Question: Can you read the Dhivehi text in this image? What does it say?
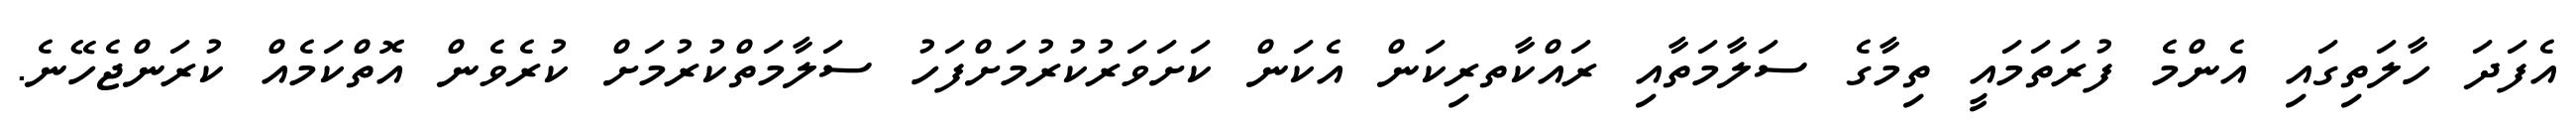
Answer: އެފަދަ ހާލަތިގައި އެންމެ ފުރަތަމައީ ތިމާގެ ސަލާމަތާއި ރައްކާތރިކަން އެކަން ކަށަވަރުކުރުމަށްފަހު ސަލާމަތްކުރުމަށް ކުރެވެން އޮތްކަމެއް ކުރަންޖެހޭނެ.